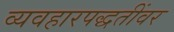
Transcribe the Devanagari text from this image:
व्यवहारपद्धतींवर